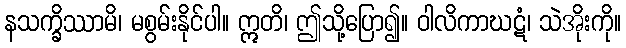
နသက္ခိဿာမိ၊ မစွမ်းနိုင်ပါ။ ဣတိ၊ ဤသို့ပြော၍။ ဝါလိကာဃဋံ၊ သဲအိုးကို။